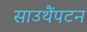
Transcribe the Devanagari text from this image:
साउथैंपटन